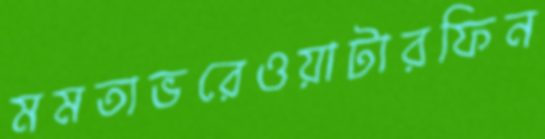
মমতাভরেওয়াটারফিন